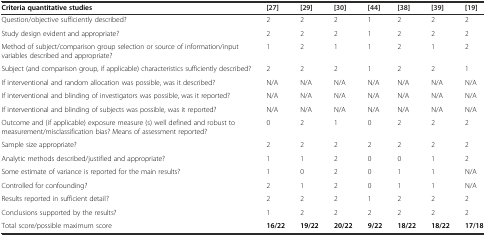
| Criteria quantitative studies | [27] | [29] | [30] | [44] | [38] | [39] | [19] |
 | --- | --- | --- | --- | --- | --- | --- | --- |
 | Question/objective sufficiently described? | 2 | 2 | 2 | 1 | 2 | 2 | 2 |
 | Study design evident and appropriate? | 2 | 2 | 2 | 1 | 2 | 2 | 2 |
 | Method of subject/comparison group selection or source of information/input variables described and appropriate? | 1 | 2 | 1 | 1 | 2 | 1 | 2 |
 | Subject (and comparison group, if applicable) characteristics sufficiently described? | 2 | 2 | 2 | 1 | 2 | 2 | 1 |
 | If interventional and random allocation was possible, was it described? | N/A | N/A | N/A | N/A | N/A | N/A | N/A |
 | If interventional and blinding of investigators was possible, was it reported? | N/A | N/A | N/A | N/A | N/A | N/A | N/A |
 | If interventional and blinding of subjects was possible, was it reported? | N/A | N/A | N/A | N/A | N/A | N/A | N/A |
 | Outcome and (if applicable) exposure measure (s) well defined and robust to measurement/misclassification bias? Means of assessment reported? | 0 | 2 | 1 | 0 | 2 | 2 | 2 |
 | Sample size appropriate? | 2 | 2 | 2 | 2 | 2 | 2 | 2 |
 | Analytic methods described/justified and appropriate? | 1 | 1 | 2 | 0 | 0 | 1 | 2 |
 | Some estimate of variance is reported for the main results? | 1 | 0 | 2 | 0 | 1 | 1 | N/A |
 | Controlled for confounding? | 2 | 1 | 2 | 0 | 1 | 1 | N/A |
 | Results reported in sufficient detail? | 2 | 2 | 2 | 1 | 2 | 2 | 2 |
 | Conclusions supported by the results? | 1 | 2 | 2 | 2 | 2 | 2 | 2 |
 | Total score/possible maximum score | 16/22 | 19/22 | 20/22 | 9/22 | 18/22 | 18/22 | 17/18 |